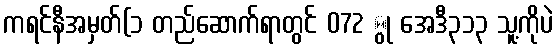
ကရင်နီအမှတ်(၁ တည်ဆောက်ရာတွင် 072 ွု အေဒီ၃၁၃ သူ့ကိုပဲ